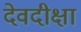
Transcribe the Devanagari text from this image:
देवदीक्षा